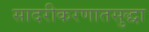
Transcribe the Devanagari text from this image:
सादरीकरणातसुद्धा